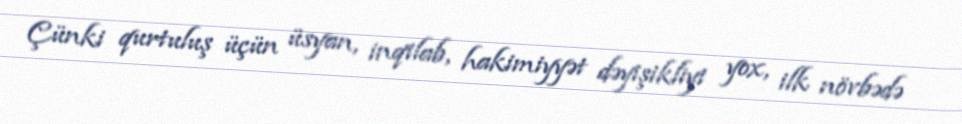
Çünki qurtuluş üçün üsyan, inqilab, hakimiyyət dəyişikliyi yox, ilk növbədə